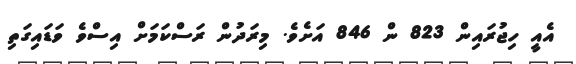
އެއީ ހިޖުރައިން 823 ން 846 އަށެވެ. މިރަދުން ރަސްކަމަށް އިސްވެ ވަޑައިގަތި